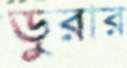
ডুরার